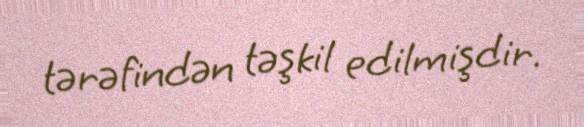
tərəfindən təşkil edilmişdir.